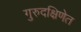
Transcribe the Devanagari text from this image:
गुरुदक्षिणेत